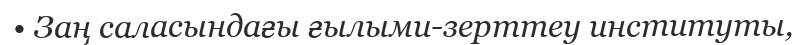
• Заң саласындағы ғылыми-зерттеу институты,